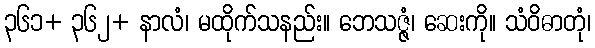
၃၆၁+ ၃၆၂+ နာလံ၊ မထိုက်သနည်း။ ဘေသဇ္ဇံ၊ ဆေးကို။ သံဝိဓာတုံ၊